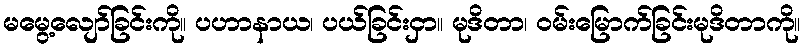
မမွေ့လျော်ခြင်းကို။ ပဟာနာယ၊ ပယ်ခြင်းငှာ။ မုဒိတာ၊ ဝမ်းမြောက်ခြင်းမုဒိတာကို။